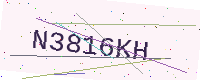
Text: N3816KH